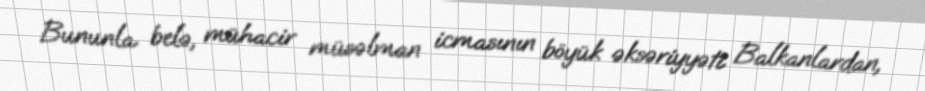
Bununla belə, mühacir müsəlman icmasının böyük əksəriyyəti Balkanlardan,